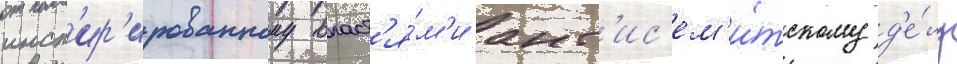
инсп'ир'ированному власт'я́м'и ант'ис'ем'и́тскому д'е́лу